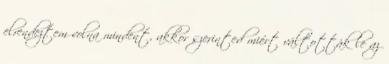
elrendeztem volna mindent, akkor szerinted miért váltották le az